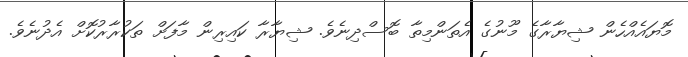
މޮޔައެއްހެން ޝިޔާރާގެ މޫނުގެ އެތަންމިތާ ބޮސްދިނެވެ. ޝިޔާރާ ކައިރިން މާފަށް ތަކުރާރުކޮށް އެދުނެވެ.